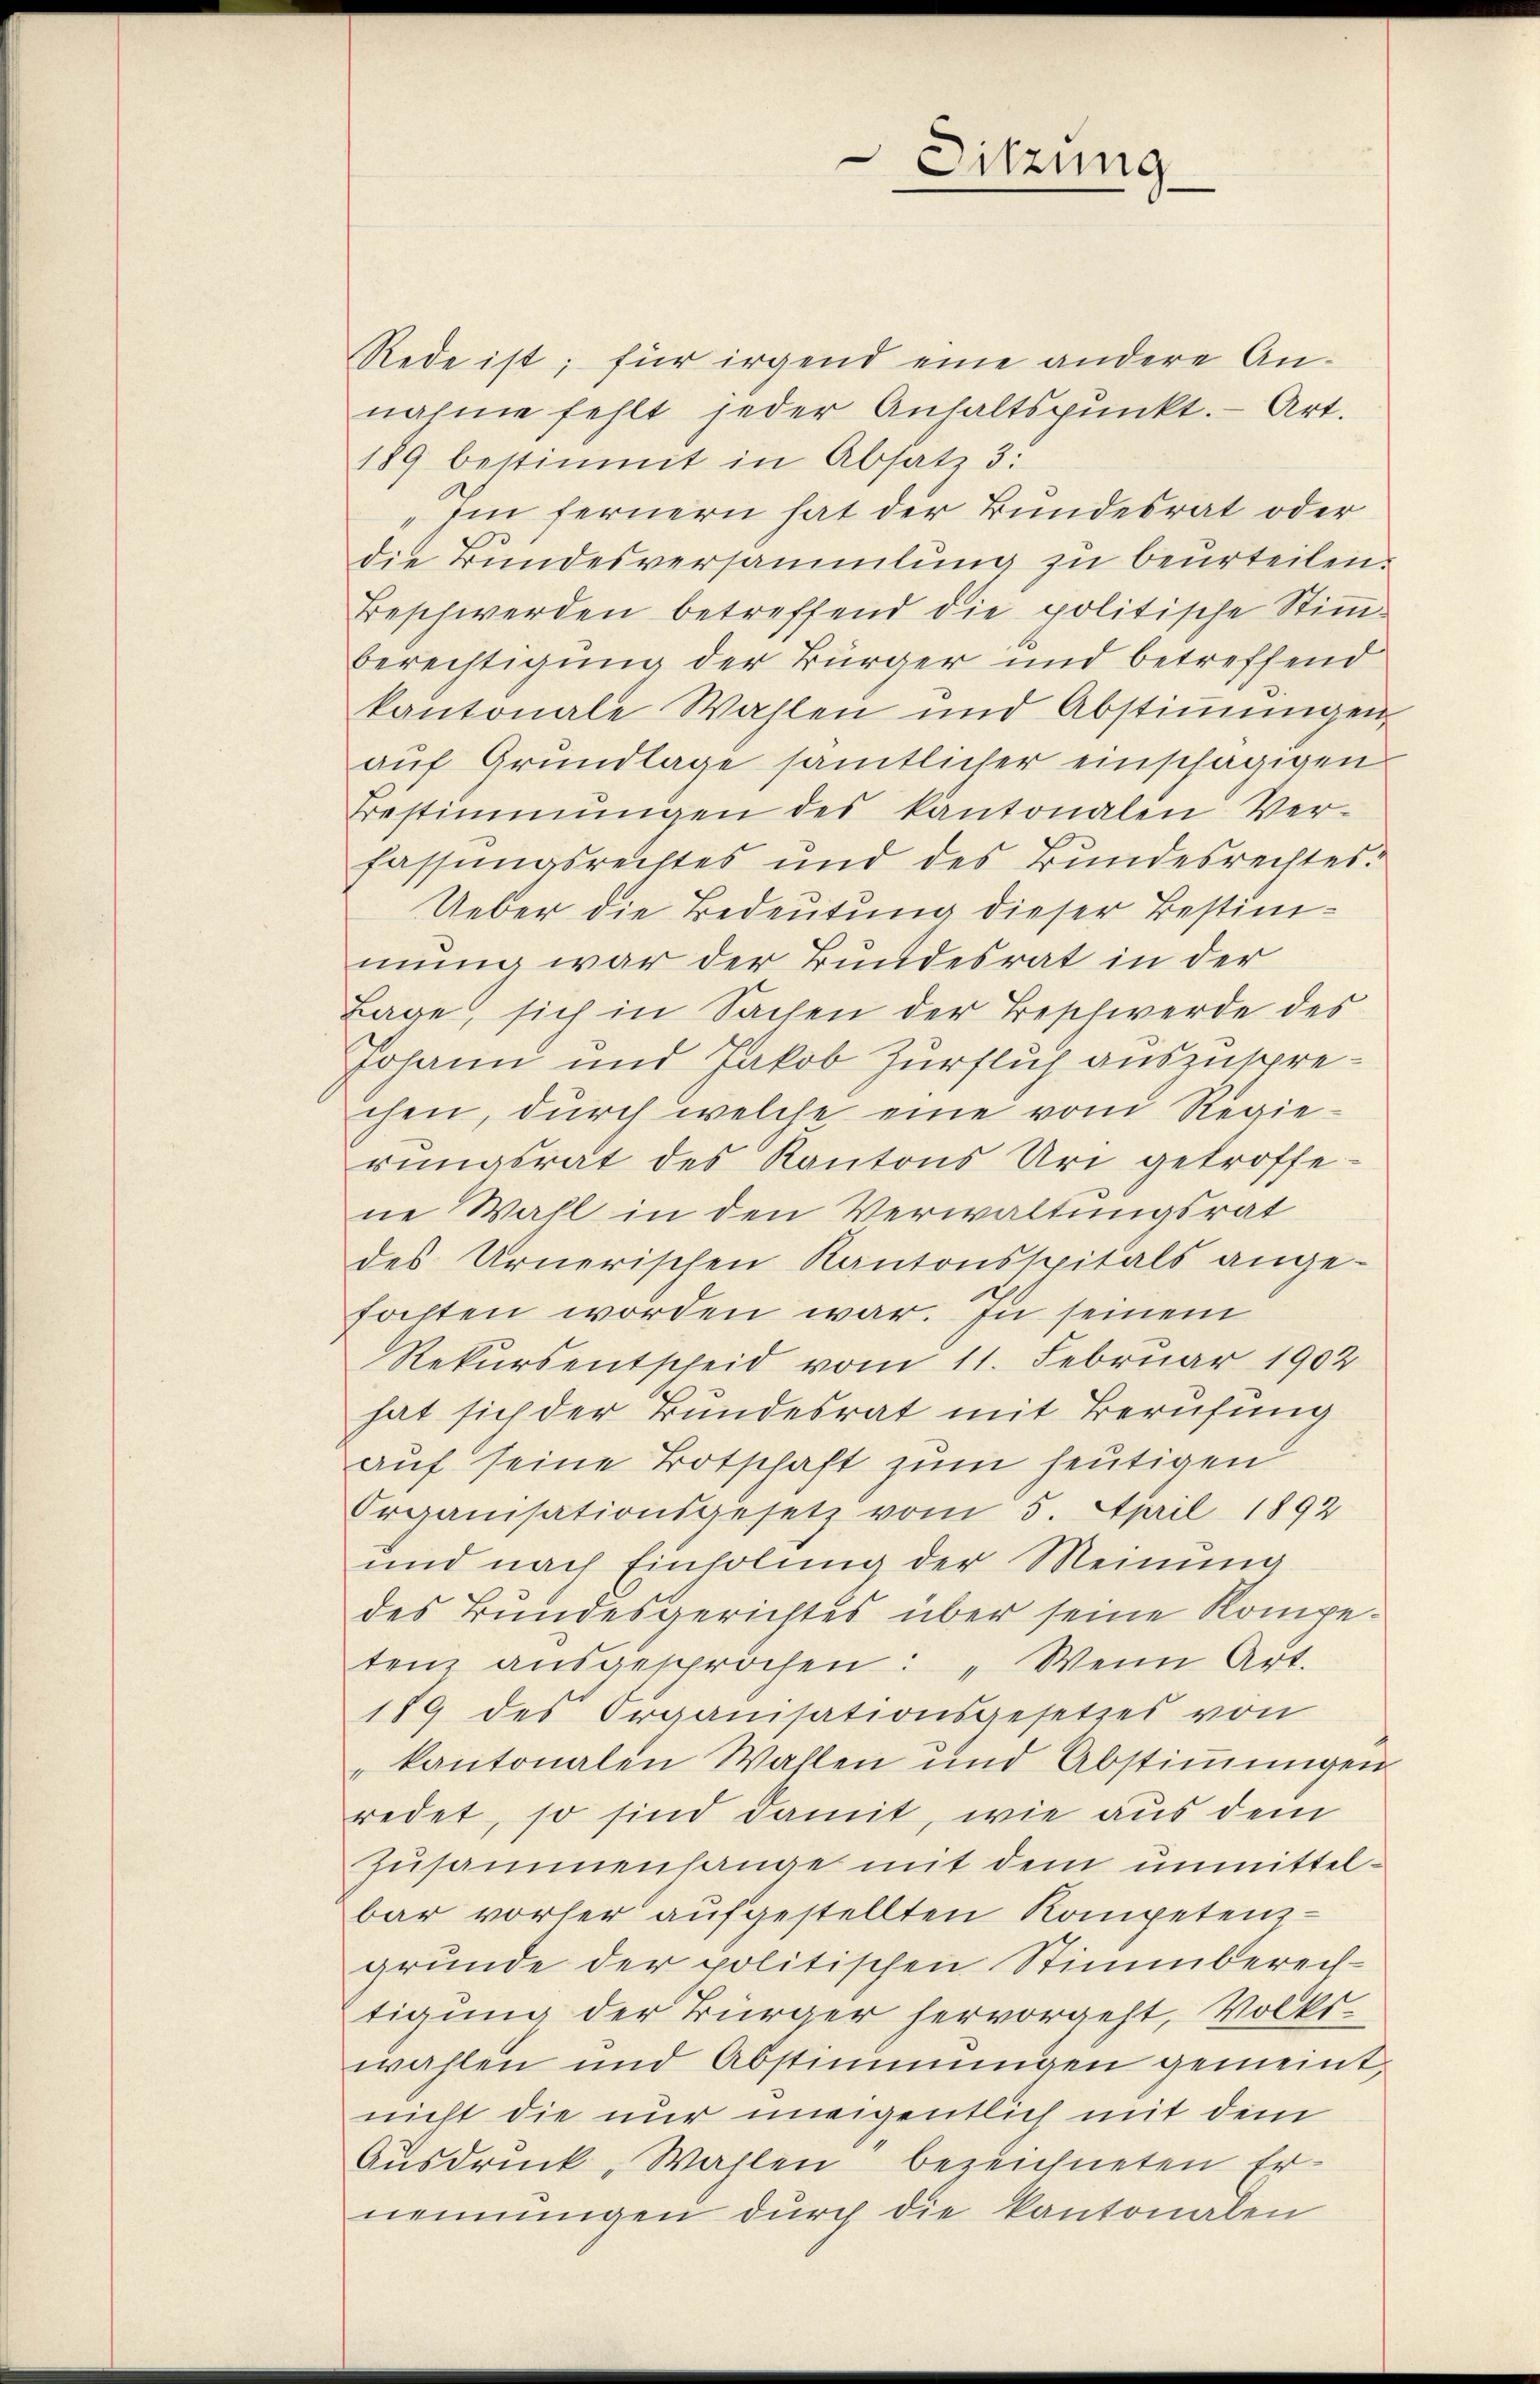
Rede ist; für irgend eine andere An-
nahme fehlt jeder Anhaltspŭnkt. Art.
189 bestimmt in Absatz 3:
Im fernern hat der Bundesrat oder
die Bundesversammlung zu beurteilen.
Beschwerden betreffend die politische Stim-
Berechtigung der Bürger und betreffend
kantonale Wahlen und Abstimmungen
auf Grundlage sämtlicher einschägigen
Bestimmungen des kantonalen Ver-
fassungsrechtes und des Bundesrechtes.
Ueber die Bedeutung dieser Bestimmung war der Bundesrat in der
Lage, sich in Sachen der Beschwerde des
Johann und Jakob Zürflich auszusprechen, durch welche eine vom Regierŭngsrat des Kantons Uri getroffene Wahl in den Verwaltungsrat
des Urnerischen Kantonsspitals angefahten worden war. In seinem
Rekursentscheid vom 11. Februar 1902
hat sich der Bundesrat mit Berufung
auf seine Botschaft zum heutigen
Organisationsgesetz vom 5. April 1892
und nach Einholung der Meinung
des Bundesgerichtes über seine Kompetenz aŭsgesprochen: „Wenn Art.
179 des Organisationsgesetzes von
kantonalen Wahlen und Abstiṁŭngen
redet, so sind damit, wie aus dem
Zusammenhange mit dem unmittelbar vorher aufgestellten Kompetenz -
grunde der politischen Stimmberechtigung der Bürger hervorgeht, Volkswahlen und Abstimmungen gemeint,
nicht die nur uneigentlich mit dem
Ausdruck, Wahlen bezeichneten Ernennungen durch die Kantonalen

Sitzung